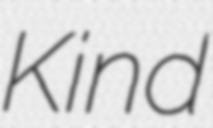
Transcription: Kind